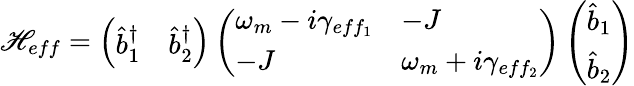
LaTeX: \mathscr{H}_{eff}=\left(\begin{array}{ll}{\hat{b}_{1}^{\dagger}}&{\hat{b}_{2}^{\dagger}}\end{array}\right)\left(\begin{array}{ll}{\omega_{m}-i\gamma_{eff_{1}}}&{-J}\\ {-J}&{\omega_{m}+i\gamma_{eff_{2}}}\end{array}\right)\left(\begin{array}{l}{\hat{b}_{1}}\\ {\hat{b}_{2}}\end{array}\right)